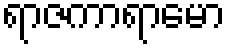
ရာဇကာရာမော